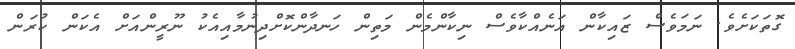
ގޮތަކަށެވެ. ނަމަވެސް ޒައިކާން އަނެއްކާވެސް ނިކާންމެން މަތިން ހަނދާންކޮށްދިނުމާއިއެކު ނޫރީންއަށް އެކަން ކުރަން